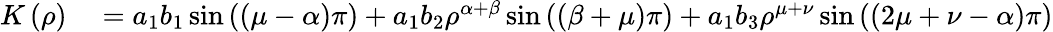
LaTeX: \begin{array}{rl}{K\left(\rho\right)}&{{}=a_{1}b_{1}\sin\left(\left(\mu-\alpha\right)\pi\right)+a_{1}b_{2}\rho^{\alpha+\beta}\sin\left(\left(\beta+\mu\right)\pi\right)+a_{1}b_{3}\rho^{\mu+\nu}\sin\left(\left(2\mu+\nu-\alpha\right)\pi\right)}\end{array}